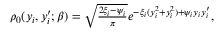
\begin{array} { r } { \rho _ { 0 } ( y _ { i } , y _ { i } ^ { \prime } ; \beta ) = \sqrt { \frac { 2 \xi _ { i } - \psi _ { i } } { \pi } } e ^ { - \xi _ { i } ( y _ { i } ^ { 2 } + y _ { i } ^ { 2 } ) + \psi _ { i } y _ { i } y _ { i } ^ { \prime } } , } \end{array}